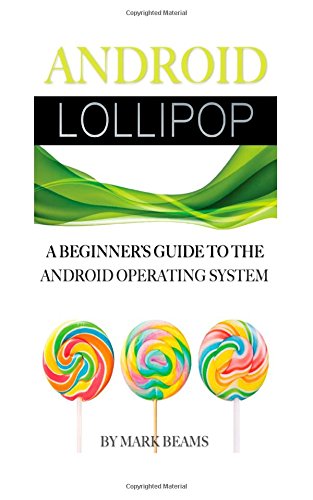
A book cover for Android Lollipop: A Beginner's Guide to the Android Operating System; Mark Beams; Computers & Technology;